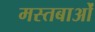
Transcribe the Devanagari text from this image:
मस्तबाओं